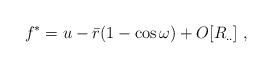
LaTeX: \begin{align*}f^{*} = u - {\bar r}(1 - \cos \omega) + O[R_{..}]\;,\end{align*}